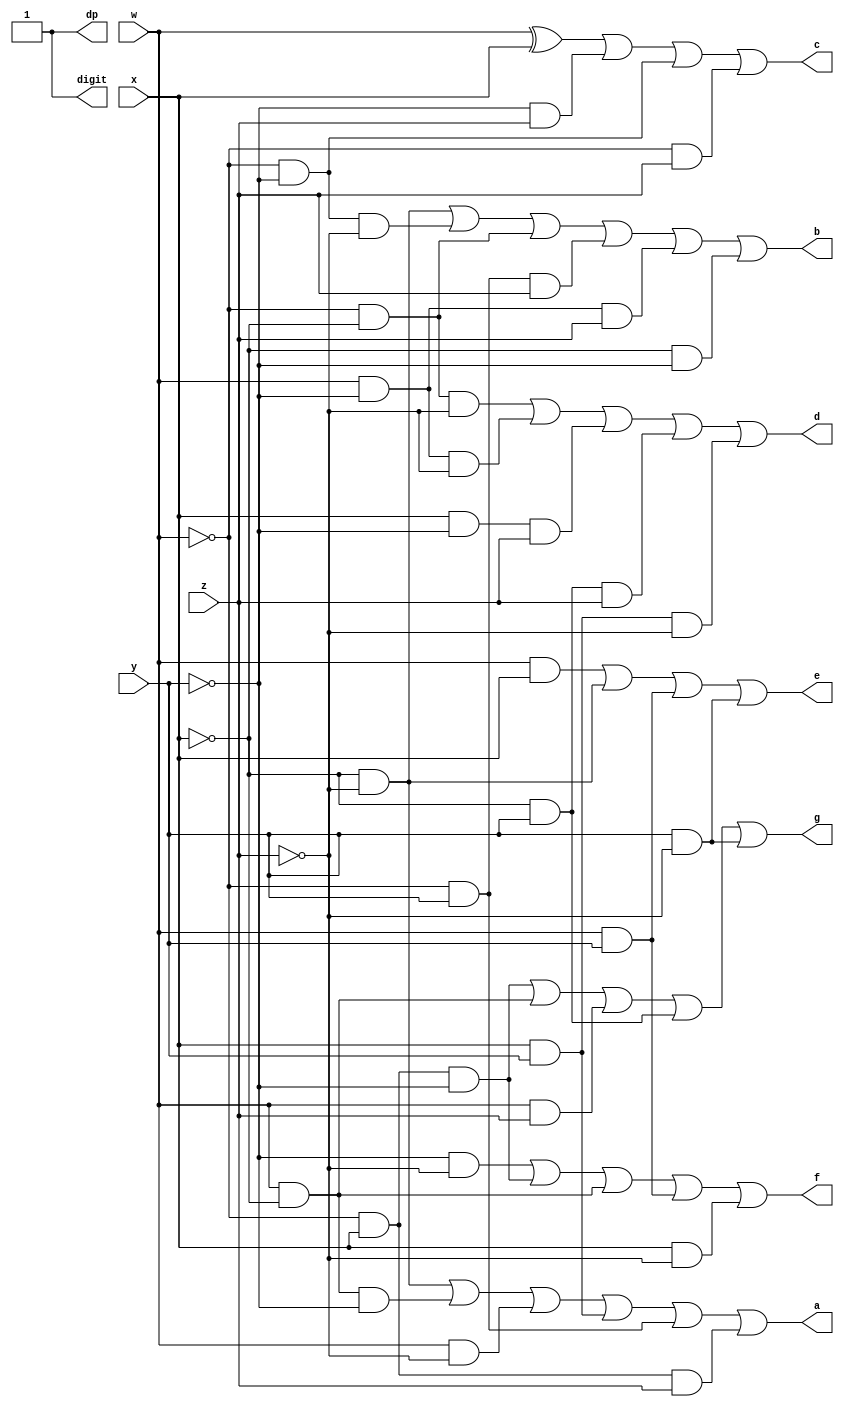
`timescale 1ns / 1ps

module seg7(
    input w, x, y, z,
    output a, b, c, d, e, f, g, dp, digit
    );
    
    assign a = (~x & ~z) | (w & ~x & ~y) | (w & ~z) | (x & y) | (~w & y) | (~w & x & z);
    assign b = (~x & ~z) | (~w & ~y & ~z) | (~w & ~x) | (~w & y & z) | (w & ~y & z) | (~x & ~y);
    assign c = (w ^ x) | (~y & z) | (~w & ~y) | (~w & z);
    assign d = (~w & ~x & ~z) | (w & ~y & ~z) | (x & ~y & z) | (~x & y & z) | (x & y & ~z);
    assign e = (w & x) | (~x & ~z) | (w & y) | (y & ~z);
    assign f = (~y & ~z) | (~w & x & ~y) | (w & ~x) | (w & y) | (x & ~z);
    assign g = (~w & x & ~y) | (w & ~x) | (w & z) | (~x & y) | (y & ~z);
    assign dp = 1;
    assign digit = a | b | c | d | e | f | g | dp;
    
endmodule